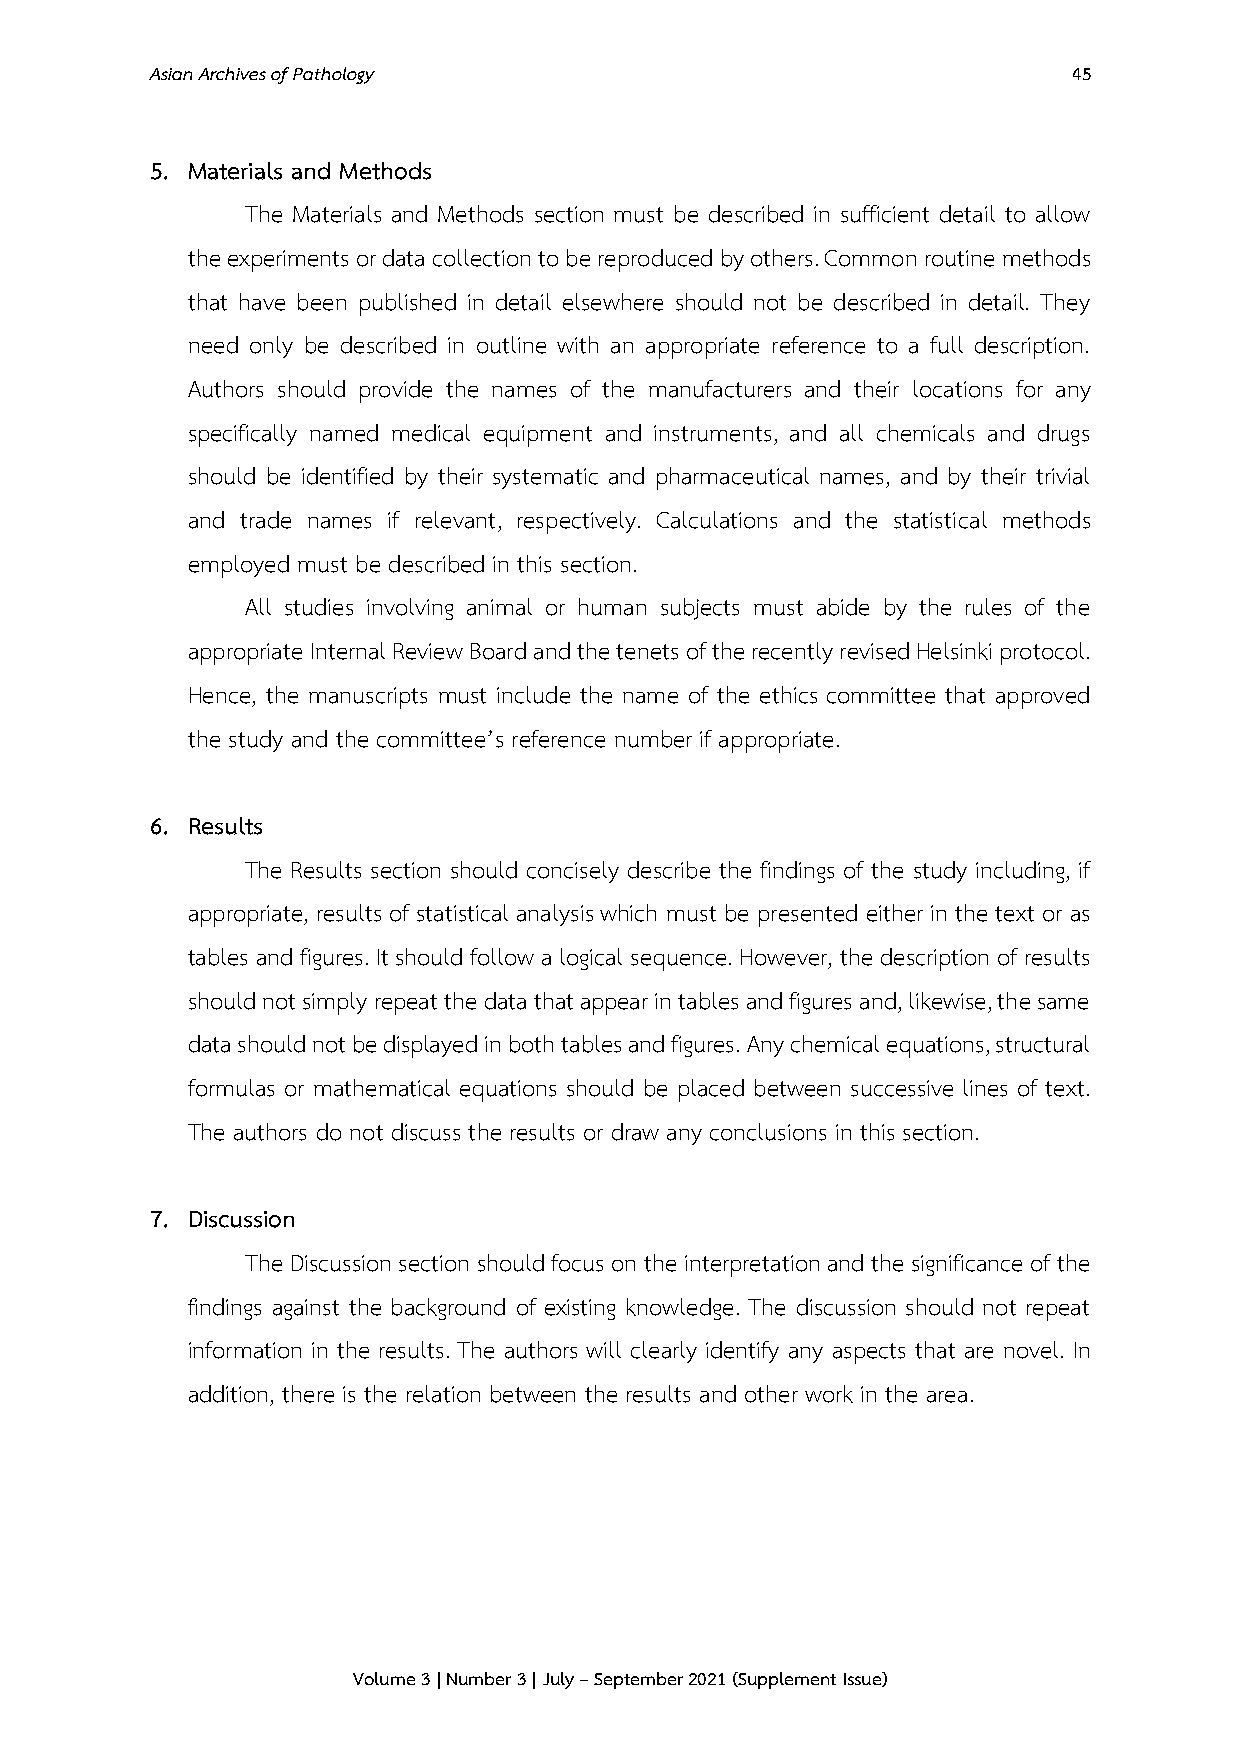
Asian Archives of Pathology                                  45
 5. Materials and Methods
 The Materials and Methods section must be described in sufficient detail to allow
 the experiments or data collection to be reproduced by others. Common routine methods
 that have been published in detail elsewhere should not be described in detail. They
 need only be described in outline with an appropriate reference to a full description.
 Authors should provide the names of the manufacturers and their locations for any
 specifically named medical equipment and instruments, and all chemicals and drugs
 should be identified by their systematic and pharmaceutical names, and by their trivial
 and trade names if relevant, respectively. Calculations and the statistical methods
 employed must be described in this section.
 All studies involving animal or human subjects must abide by the rules of the
 appropriate Internal Review Board and the tenets of the recently revised Helsinki protocol.
 Hence, the manuscripts must include the name of the ethics committee that approved
 the study and the committee’s reference number if appropriate.
 6. Results
 The Results section should concisely describe the findings of the study including, if
 appropriate, results of statistical analysis which must be presented either in the text or as
 tables and figures. It should follow a logical sequence. However, the description of results
 should not simply repeat the data that appear in tables and figures and, likewise, the same
 data should not be displayed in both tables and figures. Any chemical equations, structural
 formulas or mathematical equations should be placed between successive lines of text.
 The authors do not discuss the results or draw any conclusions in this section.
 7. Discussion
 The Discussion section should focus on the interpretation and the significance of the
 findings against the background of existing knowledge. The discussion should not repeat
 information in the results. The authors will clearly identify any aspects that are novel. In
 addition, there is the relation between the results and other work in the area.
 Volume 3 | Number 3 | July – September 2021 (Supplement Issue)